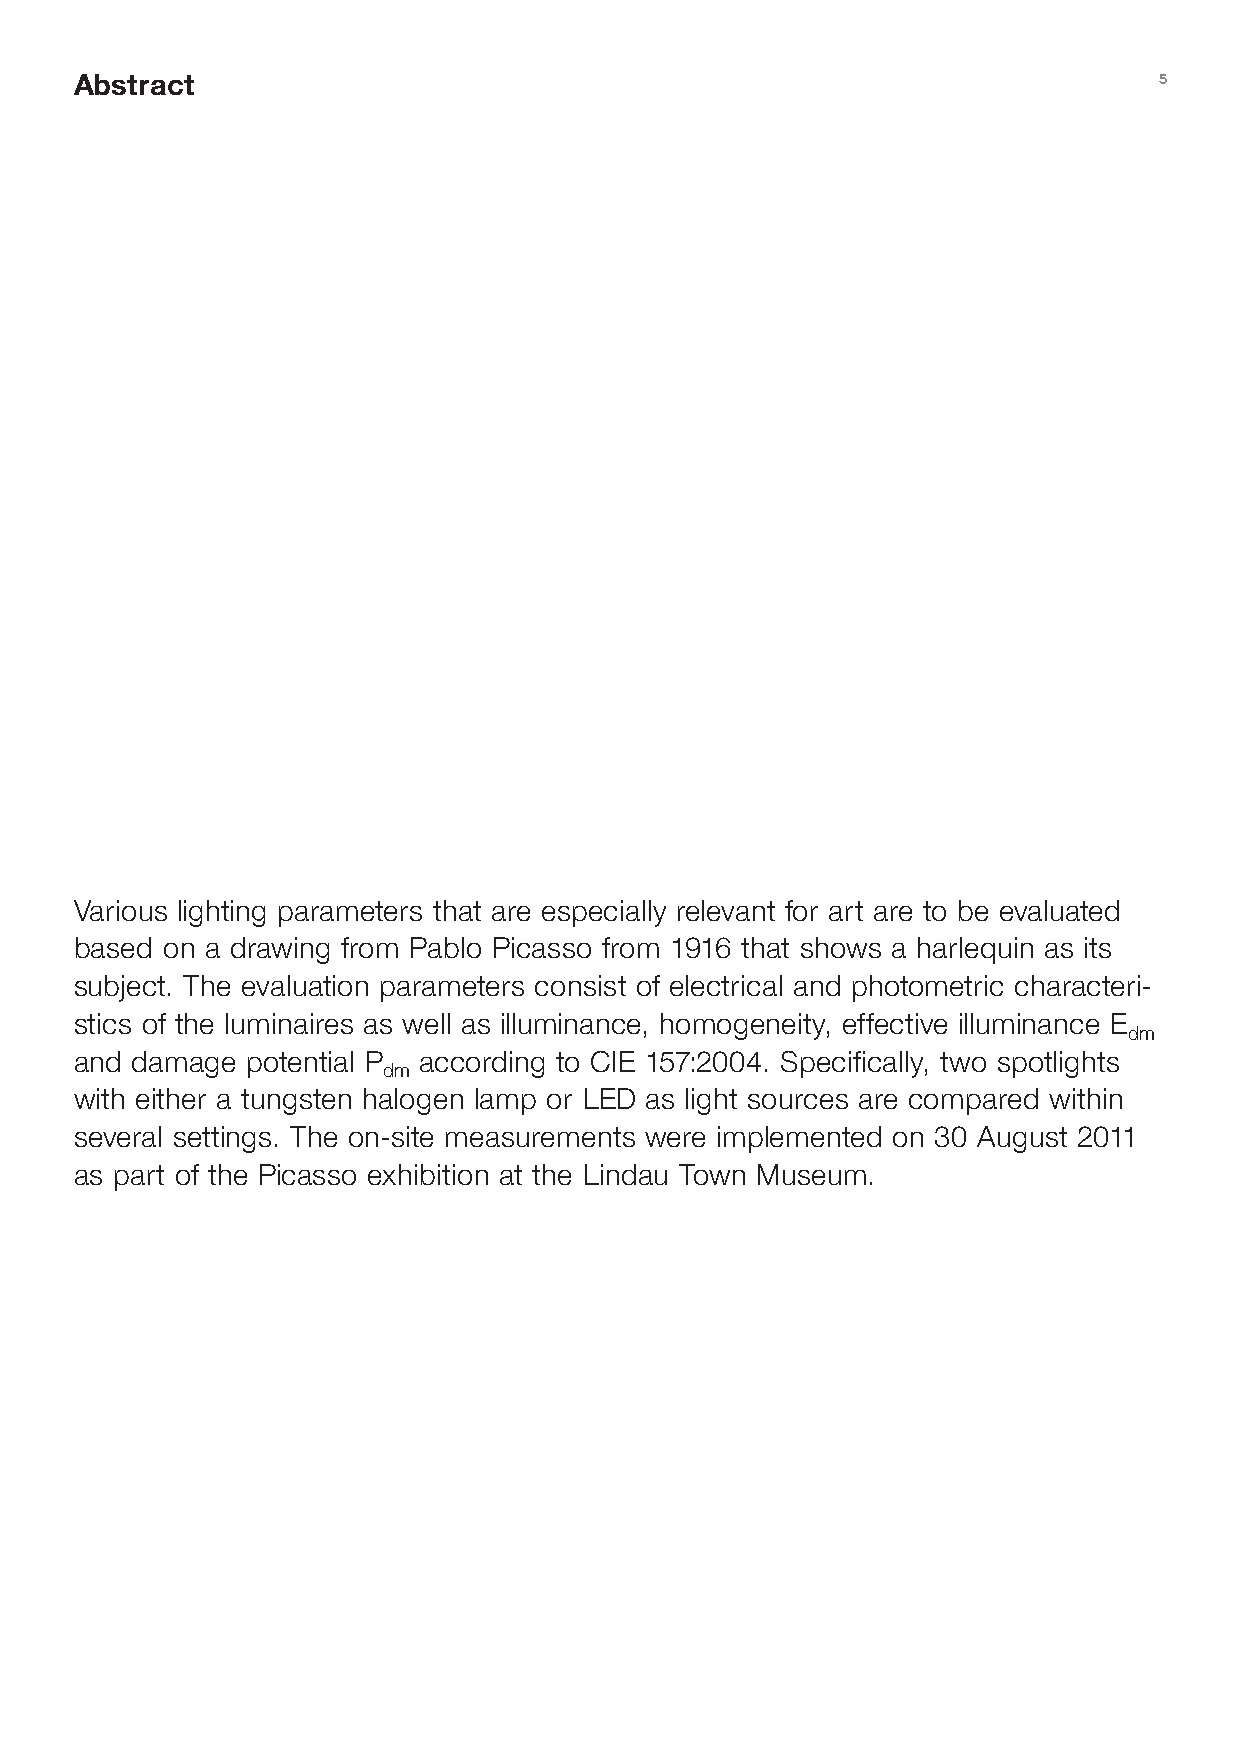
Abstract                                                                5
 Various lighting parameters that are especially relevant for art are to be evaluated
 based on a drawing from Pablo Picasso from 1916 that shows a harlequin as its
 subject. The evaluation parameters consist of electrical and photometric characteri-
 stics of the luminaires as well as illuminance, homogeneity, effective illuminance E
 dm
 and damage potential P according to CIE 157:2004. Specifically, two spotlights
 dm
 with either a tungsten halogen lamp or LED as light sources are compared within
 several settings. The on-site measurements were implemented on 30 August 2011
 as part of the Picasso exhibition at the Lindau Town Museum.